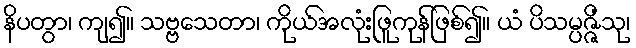
နိပတွာ၊ ကျ၍။ သဗ္ဗသေတာ၊ ကိုယ်အလုံးဖြူကုန်ဖြစ်၍။ ယံ ပိသမ္ပဇ္ဇိံသု၊